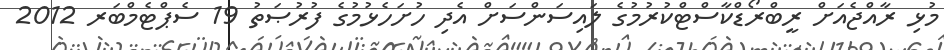
މުޅި ރާއްޖެއަށް ރީބްރޯޑްކާސްޓްކުރުމުގެ ލައިސަންސަށް އެދި ހުށަހެޅުމުގެ ފުރުޞަތު 19 ސެޕްޓެމްބަރ 2012